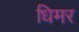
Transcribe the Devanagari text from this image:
धिमर